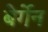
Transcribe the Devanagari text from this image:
बेर्गेन